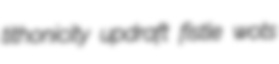
tithonicity updraft fistle wots